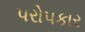
૫રો૫કાર